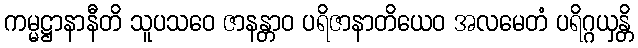
ကမ္မဋ္ဌာနာနီတိ သူပသဝေ ဇာနန္တာဝ ပရိဇာနာတိယေဝ အလမေတံ ပရိဂ္ဂယှန္တိ